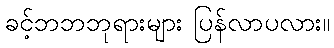
ခင့်ဘဘဘုရားများ ပြန်လာပလား။